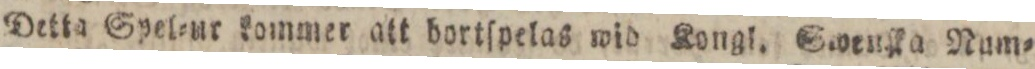
Detta Spel=ur kommer att bortſpelas wid Kongl. Swtulka Num=